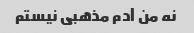
نه من آدم مذهبی نیستم